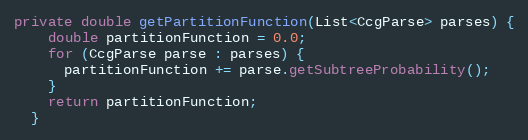
Language: Java
private double getPartitionFunction(List<CcgParse> parses) {
    double partitionFunction = 0.0;
    for (CcgParse parse : parses) {
      partitionFunction += parse.getSubtreeProbability();
    }
    return partitionFunction;
  }